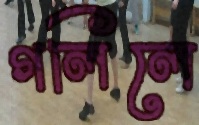
গলিলে